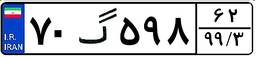
۹۴گ۸۱۹۱۴